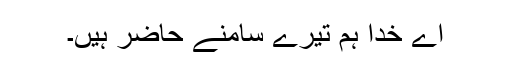
اے خدا ہم تیرے سامنے حاضر ہیں۔